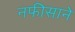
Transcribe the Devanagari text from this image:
नफीसाने